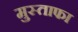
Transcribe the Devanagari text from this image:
मुस्ताफा